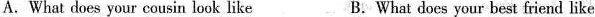
A.What does your cousin look like B.What does your best friend like